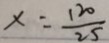
x = \frac { 1 2 0 } { 2 5 }